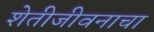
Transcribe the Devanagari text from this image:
शेतीजीवनाचा